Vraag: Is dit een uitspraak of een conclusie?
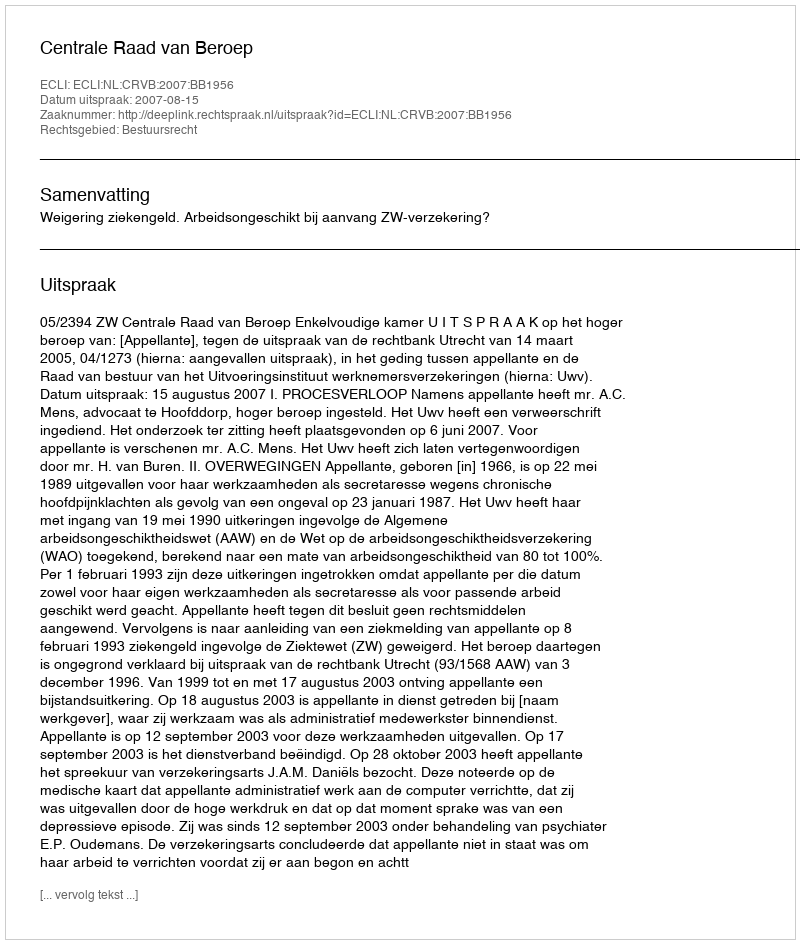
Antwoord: Uitspraak